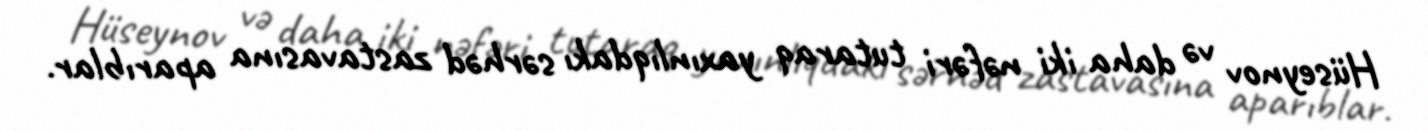
Hüseynov və daha iki nəfəri tutaraq yaxınlıqdakı sərhəd zastavasına aparıblar.